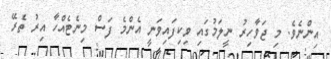
އިންނެވެ. މި ޖަވާހިރު ނީލަމުގައި ވިކިފައިވަނީ އެންމެ ފަސް މިނެޓެއްހާ އިރު ތެރޭ